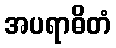
အပရာဓိတံ